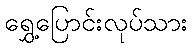
ရွှေ့ပြောင်းလုပ်သား